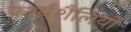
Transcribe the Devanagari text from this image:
कार्यशैलियों